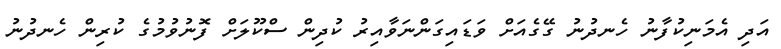
އަދި އެމަނިކުފާނު ހެނދުނު ގޭގެއަށް ވަޑައިގަންނަވާއިރު ކުދިން ސްކޫލަށް ފޮނުވުމުގެ ކުރިން ހެނދުނު